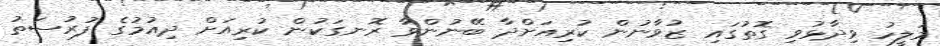
މަލީހު ވިދާޅުވި ގޮތުގައި ޒުވާނުން ކުރިއަށްދާ ބޭނުންވާ ރޮނގަކުން ކުރިއަށް ދިއުމުގެ ފުރުސަތު